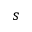
s